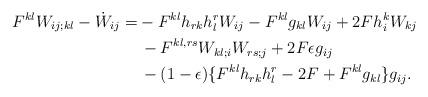
LaTeX: \begin{align*}F^{kl} W_{ij;kl} - \dot{W}_{ij} =& -F^{kl} h_{rk} h^r_l W_{ij} - F^{kl} g_{kl} W_{ij} + 2F h_i^k W_{kj}\\&\, - F^{kl,rs} W_{kl;i} W_{rs;j} +2F \epsilon g_{ij} \\&\,- (1 - \epsilon) \{ F^{kl}h_{rk} h^r_l - 2F + F^{kl} g_{kl}\} g_{ij}.\end{align*}